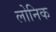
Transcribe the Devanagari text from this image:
लोनिक